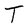
Character: T